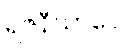
ရဇနီယာပေ